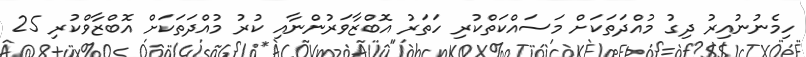
ހިމެނުނުއިރު ދިގު މުއްދަތަކަށް މަސައްކަތްކުރި ހަތަރު އޮބްޒާވަރުންނާއި ކުރު މުއްދަތަކަށް އޮބްޒާވްކުރި 25